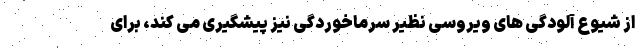
از شیوع آلودگی های ویروسی نظیر سرماخوردگی نیز پیشگیری می کند، برای